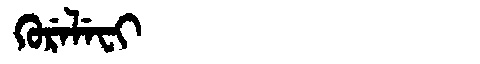
Manchu: ᡴᡠᡵᡝᠯᡝᠸᡳ
Romanization: KURELEFI